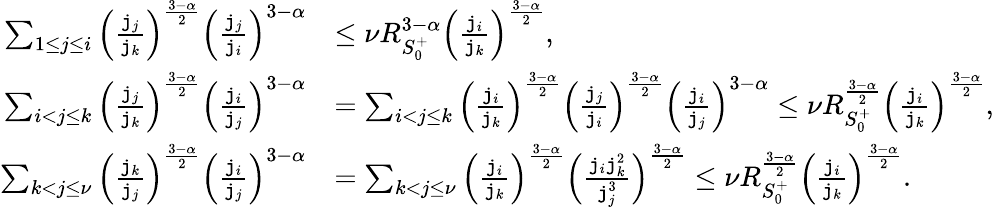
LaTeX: \begin{array}{rl}{\sum_{1\le j\le i}\left(\frac{\mathtt{j}_{j}}{\mathtt{j}_{k}}\right)^{\frac{3-\alpha}{2}}\left(\frac{\mathtt{j}_{j}}{\mathtt{j}_{i}}\right)^{3-\alpha}}&{\le\nu R_{S_{0}^{+}}^{3-\alpha}\left(\frac{\mathtt{j}_{i}}{\mathtt{j}_{k}}\right)^{\frac{3-\alpha}2},}\\ {\sum_{i<j\le k}\left(\frac{\mathtt{j}_{j}}{\mathtt{j}_{k}}\right)^{\frac{3-\alpha}{2}}\left(\frac{\mathtt{j}_{i}}{\mathtt{j}_{j}}\right)^{3-\alpha}}&{=\sum_{i<j\le k}\left(\frac{\mathtt{j}_{i}}{\mathtt{j}_{k}}\right)^{\frac{3-\alpha}{2}}\left(\frac{\mathtt{j}_{j}}{\mathtt{j}_{i}}\right)^{\frac{3-\alpha}2}\left(\frac{\mathtt{j}_{i}}{\mathtt{j}_{j}}\right)^{3-\alpha}\le\nu R_{S_{0}^{+}}^{\frac{3-\alpha}2}\left(\frac{\mathtt{j}_{i}}{\mathtt{j}_{k}}\right)^{\frac{3-\alpha}2},}\\ {\sum_{k<j\le\nu}\left(\frac{\mathtt{j}_{k}}{\mathtt{j}_{j}}\right)^{\frac{3-\alpha}{2}}\left(\frac{\mathtt{j}_{i}}{\mathtt{j}_{j}}\right)^{3-\alpha}}&{=\sum_{k<j\le\nu}\left(\frac{\mathtt{j}_{i}}{\mathtt{j}_{k}}\right)^{\frac{3-\alpha}2}\left(\frac{\mathtt{j}_{i}\mathtt{j}_{k}^{2}}{\mathtt{j}_{j}^{3}}\right)^{\frac{3-\alpha}2}\le\nu R_{S_{0}^{+}}^{\frac{3-\alpha}2}\left(\frac{\mathtt{j}_{i}}{\mathtt{j}_{k}}\right)^{\frac{3-\alpha}2}.}\end{array}